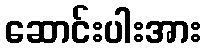
ဆောင်းပါးအား